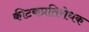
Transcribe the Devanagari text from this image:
कीटकप्रतिरोधक